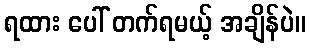
ရထား ပေါ် တက်ရမယ့် အချိန်ပဲ။